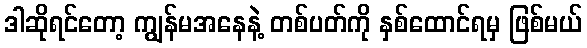
ဒါဆိုရင်တော့ ကျွန်မအနေနဲ့ တစ်ပတ်ကို နှစ်ထောင်ရမှ ဖြစ်မယ်